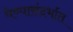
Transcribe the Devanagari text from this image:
घेण्यासंदर्भात